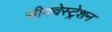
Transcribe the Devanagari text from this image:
सीक्वेस्ट्रेशन